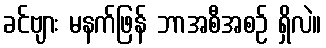
ခင်ဗျား မနက်ဖြန် ဘာအစီအစဉ် ရှိလဲ။